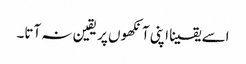
اسے یقینا اپنی آنکھوں پر یقین نہ آتا۔